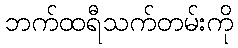
ဘက်ထရီသက်တမ်းကို